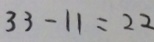
3 3 - 1 1 = 2 2